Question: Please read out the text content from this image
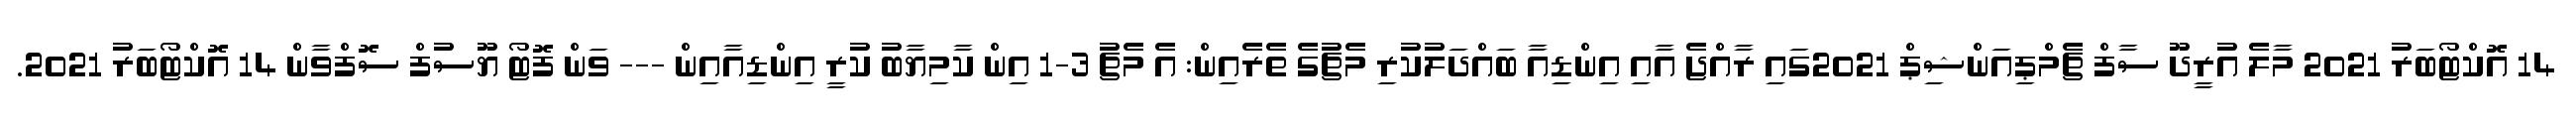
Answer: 14 އޮކްޓޯބަރު 2021 މާލެ އުރީދޫ ސާފް ޗެމްޕިއަންޝިޕް 2021ގައި ރާއްޖެ އާއި އިންޑިއާ ބައްދަލުކުރި މެޗުގެ ތެރެއިން: އެ މެޗު 3-1 އިން ކާމިޔާބު ކުރީ އިންޑިއާއިން --- ވަން ފޮޓޯ ޔޫސުފް ސޮފްވާން 14 އޮކްޓޯބަރު 2021.